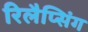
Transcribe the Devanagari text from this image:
रिलैप्सिंग